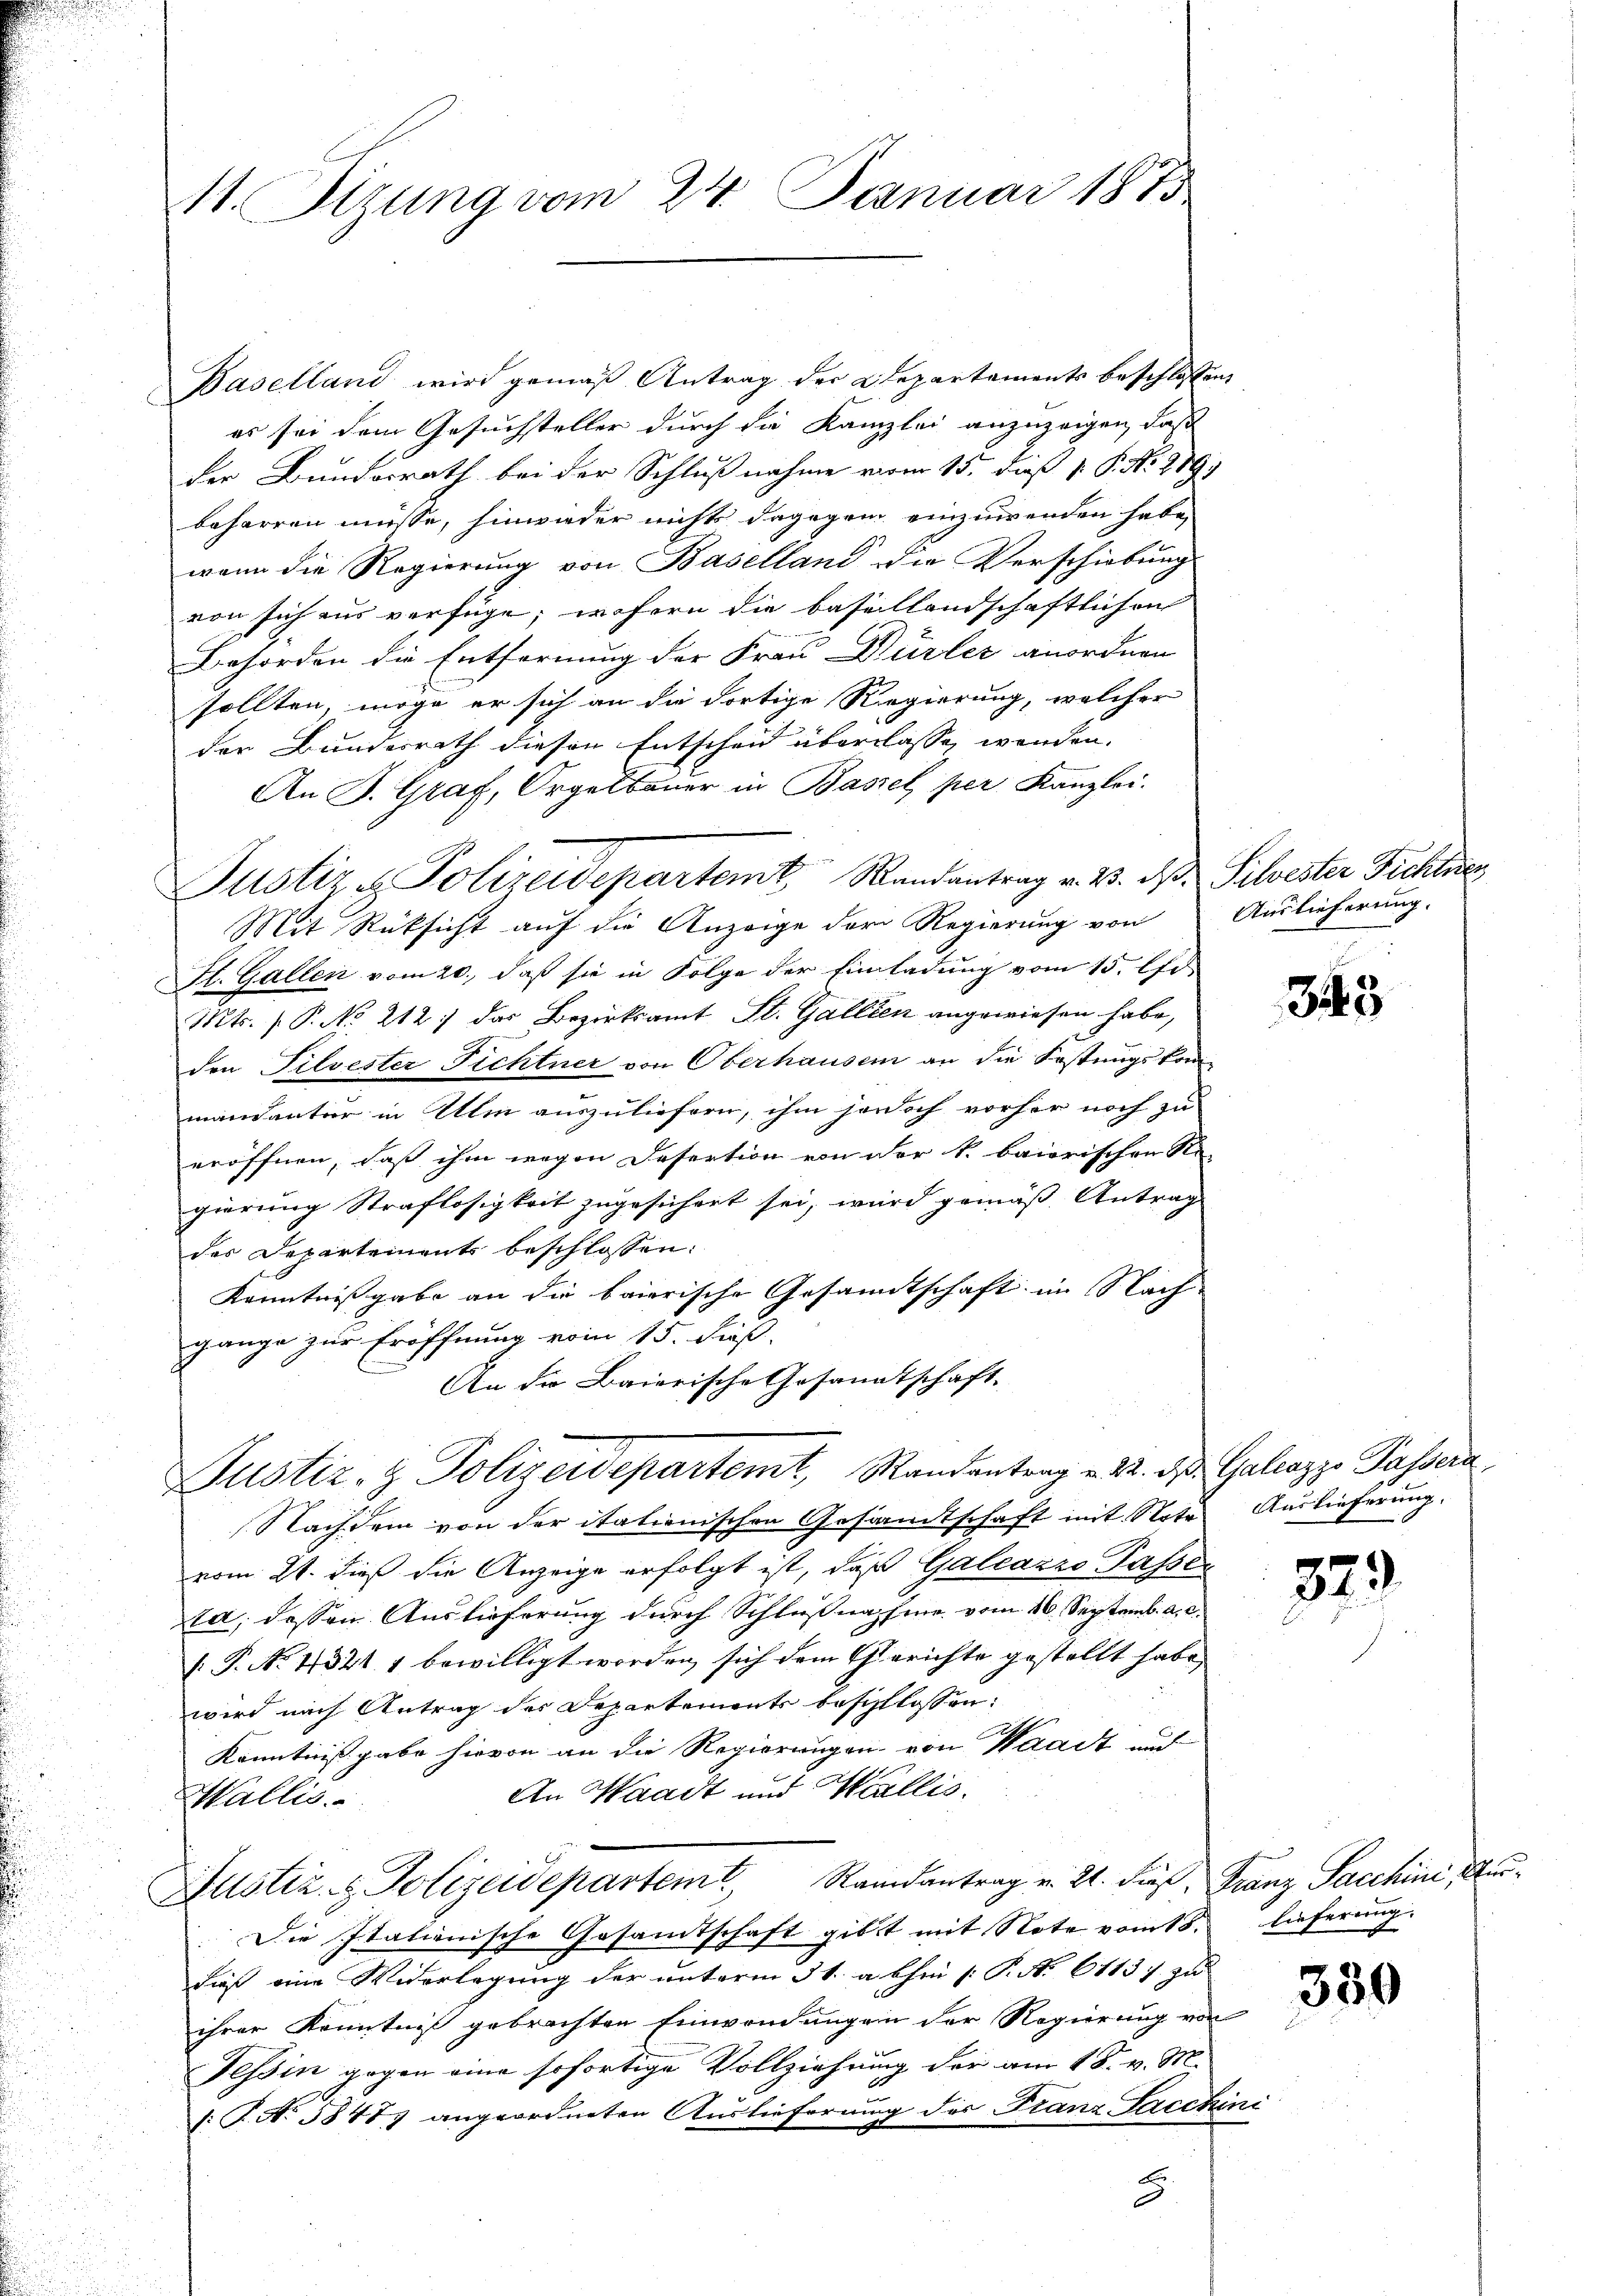
t. Sizung vom 24. Januar 1875

Baselland wird gemäß Antrag der Departaments beschlossen,
es sei dem Gesuchsteller durch die Kanzlei anzuzeigen, daß
der Bundesrath bei der Schlußnahme vom 15. dieß P. P. Nr. 289)
beharren müsse, hinwieder nichts dagegen einzuwenden habe,
wann die Regierung von Baselland die Verschiebung
von sich aus verfüge, wofern die basellandschaftlichen
Behörden die Entfernung der Frau Dürler anordnen
sollten, möge er sich an die dortige Regierung, welcher
der Bundesrath diesen Entscheid überlasse werden.
An J. Graf, Orgelbauer in Basel, per Kanzlei.
Justir- Polizeidepartemt Randantrag v. 2. ds. Silvester Fichter
Mit Rücksicht auf die Anzeige der Regierung von Auslieferung.
Fl. Gallen vom 20. daß sie in Folge der Einladung vom 15. Ist
Mts. ( P. No. 212. das Bezirksamt St. Gallien angewiesen habe,
den Filvester Fichtner von Oberhausen an die Festungskommandanter in Ulm auszuliefern, ihm jedoch vorher noch zu
eröffnen, daß ihm wegen Desertion von der k. baiorischen Re-
gierung Straflosigkeit zugesichert sei, wird gemäß Antrag
des Departements beschlossen:
Kenntnißgabe an die baierische Gesandtschaft im Nach-
gange zur Eröffnung vom 15. dieß.
An die Baierische Gesandtschaft.
Justiz- & Polizeidepartemt, Randantrag v. 22. d. Galiazzo Passera
Nachdem von der itationischen Gesandtschaft mit Note Auslieferung.
vom 21. dieß die Anzeige erfolgt ist, daß Galcazzo Passen
ta, dessen Auslieferung durch Schlußnahme vom 16. Septemb. a. c.
 P. No. 4321 1 bewilligt worden, sich dem Gerichte gestellt habe,
wird nach Antrag des Departements beschlossen:
Kenntniß gabe hievon an die Regierungen von Waadt und
An Waadt und Wallis.
Wallis.
Justiz & Polizeidepartemt, Randantrag v. 21. dieß, Franz Sacchini Aus¬
Die Italienische Gesandtschaft gibt mit Note vom 18. lieferung.
dieß eine Widerlegung der unterm 31. abhin (: P. N. 61137 zu
ihrer Kenntniß gebrachten Einwendungen der Regierung von
Tessin gegen eine sofortige Vollziehung der am 18. v. M.
[: P. Nr. 3847 angeordneten Auslieferung der Franz Lacchini
5

343

329

380